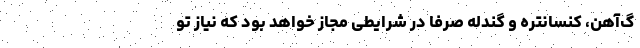
گ‌آهن، کنسانتره و گندله صرفاً در شرایطی مجاز خواهد بود که نیاز تو